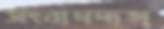
সংবাদদাতা